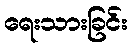
ရေးသားခြင်း